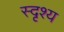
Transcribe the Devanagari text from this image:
स्दृश्य